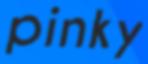
pinky